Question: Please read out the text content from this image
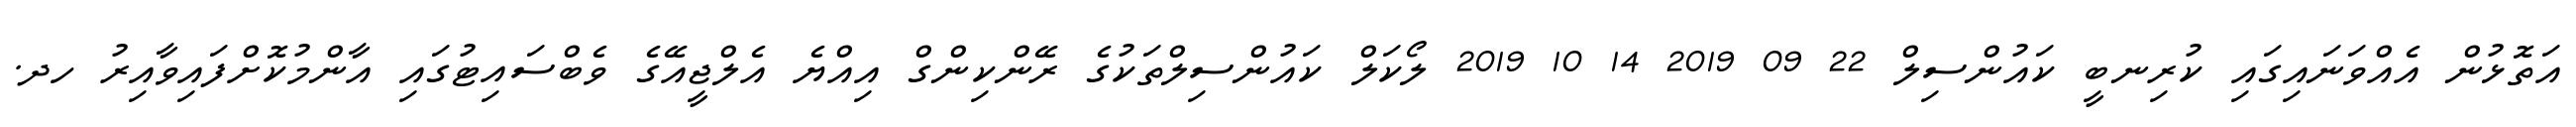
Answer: އަތޮޅުން އެއްވަނައިގައި ކުރިނބީ ކައުންސިލް 22 09 2019 14 10 2019 ލޯކަލް ކައުންސިލްތަކުގެ ރޭންކިންގް އިއްޔެ އެލްޖީއޭގެ ވެބްސައިޓުގައި އާންމުކޮށްފައިވާއިރު ހދ.